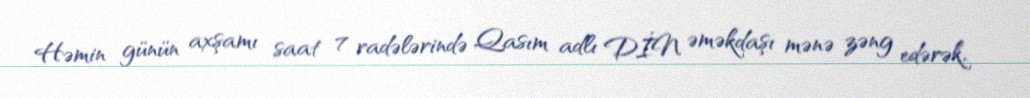
Həmin günün axşamı saat 7 radələrində Qasım adlı DİN əməkdaşı mənə zəng edərək,